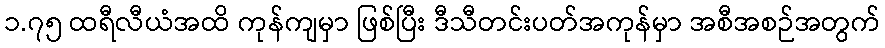
၁.၇၅ ထရီလီယံအထိ ကုန်ကျမှာ ဖြစ်ပြီး ဒီသီတင်းပတ်အကုန်မှာ အစီအစဉ်အတွက်